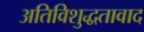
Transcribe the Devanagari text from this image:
अतिविशुद्धतावाद